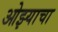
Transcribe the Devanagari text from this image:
ओझ्याचा